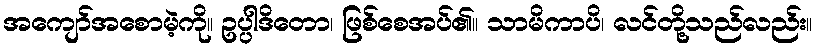
အကျော်အစောမဲ့ကို။ ဥပ္ပါဒိတော၊ ဖြစ်စေအပ်၏။ သာမိကာပိ၊ လင်တို့သည်လည်း။